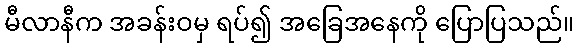
မီလာနီက အခန်းဝမှ ရပ်၍ အခြေအနေကို ပြောပြသည်။